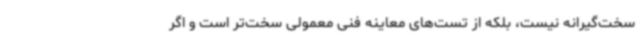
سخت‌گیرانه نیست، بلکه از تست‌های معاینه فنی معمولی سخت‌تر است و اگر